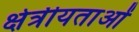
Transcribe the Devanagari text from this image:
क्षेत्रीयताओं